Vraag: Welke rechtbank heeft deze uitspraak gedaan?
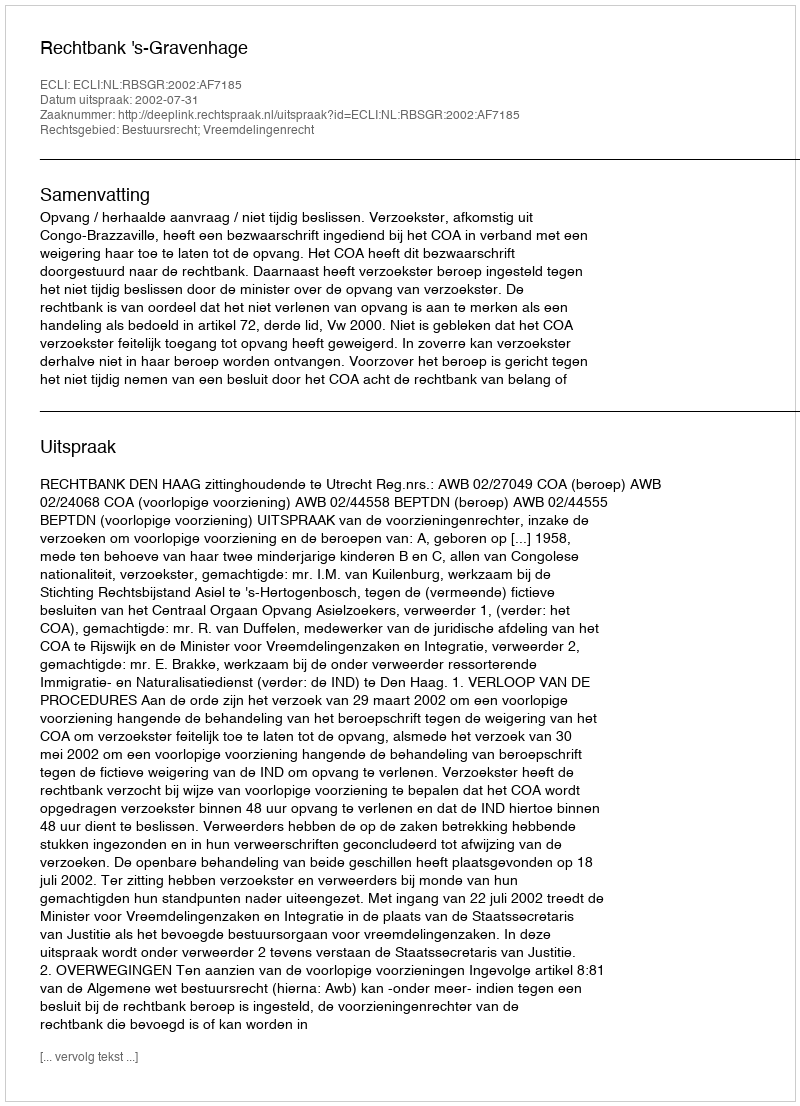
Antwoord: Rechtbank 's-Gravenhage